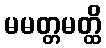
မမတ္တမတ္ထိ